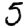
Digit: 5